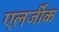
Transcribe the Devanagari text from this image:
एलर्जीक